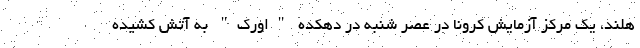
هلند، یک مرکز آزمایش کرونا در عصر شنبه در دهکده "اورک" به آتش کشیده